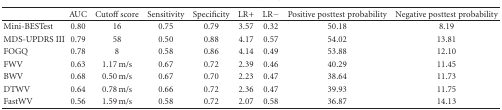
<table><thead><tr><td><b> </b></td><td><b>AUC</b></td><td><b>Cutoff score</b></td><td><b>Sensitivity</b></td><td><b>Specificity</b></td><td><b>LR+</b></td><td><b>LR−</b></td><td><b>Positive posttest probability</b></td><td><b>Negative posttest probability</b></td></tr></thead><tbody><tr><td>Mini-BESTest</td><td>0.80</td><td>16</td><td>0.75</td><td>0.79</td><td>3.57</td><td>0.32</td><td>50.18</td><td>8.19</td></tr><tr><td>MDS-UPDRS III</td><td>0.79</td><td>58</td><td>0.50</td><td>0.88</td><td>4.17</td><td>0.57</td><td>54.02</td><td>13.81</td></tr><tr><td>FOGQ</td><td>0.78</td><td>8</td><td>0.58</td><td>0.86</td><td>4.14</td><td>0.49</td><td>53.88</td><td>12.10</td></tr><tr><td>FWV</td><td>0.63</td><td>1.17 m/s</td><td>0.67</td><td>0.72</td><td>2.39</td><td>0.46</td><td>40.29</td><td>11.45</td></tr><tr><td>BWV</td><td>0.68</td><td>0.50 m/s</td><td>0.67</td><td>0.70</td><td>2.23</td><td>0.47</td><td>38.64</td><td>11.73</td></tr><tr><td>DTWV</td><td>0.64</td><td>0.78 m/s</td><td>0.66</td><td>0.72</td><td>2.36</td><td>0.47</td><td>39.93</td><td>11.75</td></tr><tr><td>FastWV</td><td>0.56</td><td>1.59 m/s</td><td>0.58</td><td>0.72</td><td>2.07</td><td>0.58</td><td>36.87</td><td>14.13</td></tr></tbody></table>